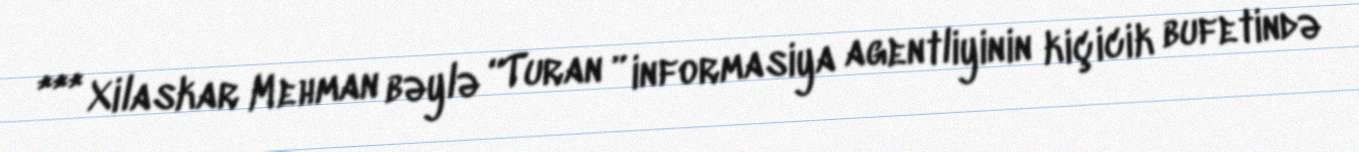
*** Xilaskar Mehman bəylə “Turan ” informasiya agentliyinin kiçicik bufetində